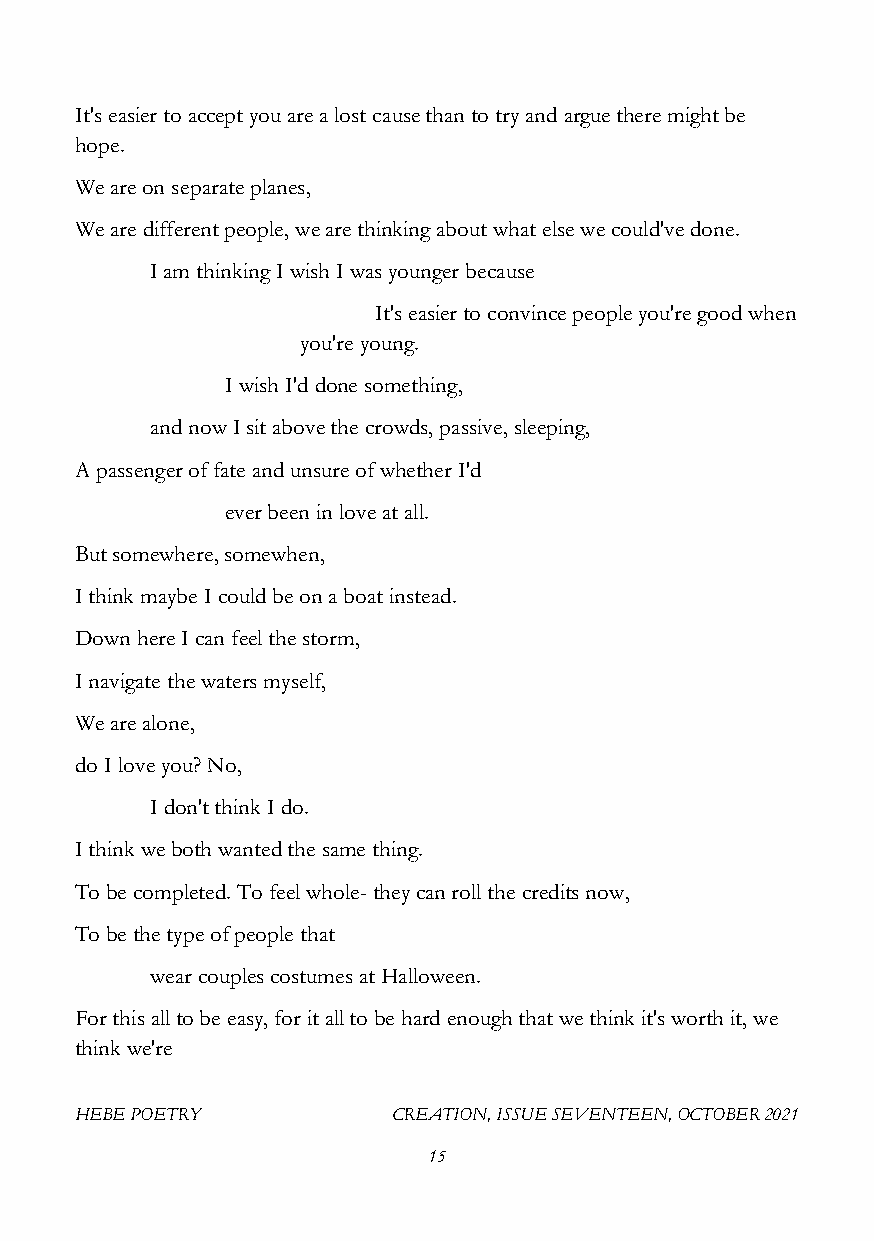
It's easier to accept you are a lost cause than to try and argue there might be
 hope.
 We are on separate planes,
 We are different people, we are thinking about what else we could've done.
 I am thinking I wish I was younger because
 It's easier to convince people you're good when
 you're young.
 I wish I'd done something,
 and now I sit above the crowds, passive, sleeping,
 A passenger of fate and unsure of whether I'd
 ever been in love at all.
 But somewhere, somewhen,
 I think maybe I could be on a boat instead.
 Down here I can feel the storm,
 I navigate the waters myself,
 We are alone,
 do I love you? No,
 I don't think I do.
 I think we both wanted the same thing.
 To be completed. To feel whole- they can roll the credits now,
 To be the type of people that
 wear couples costumes at Halloween.
 For this all to be easy, for it all to be hard enough that we think it's worth it, we
 think we're
 HEBE POETRY          CREATION, ISSUE SEVENTEEN, OCTOBER 2021
 15